Leningradi_Edasi_toimetus, lk 26
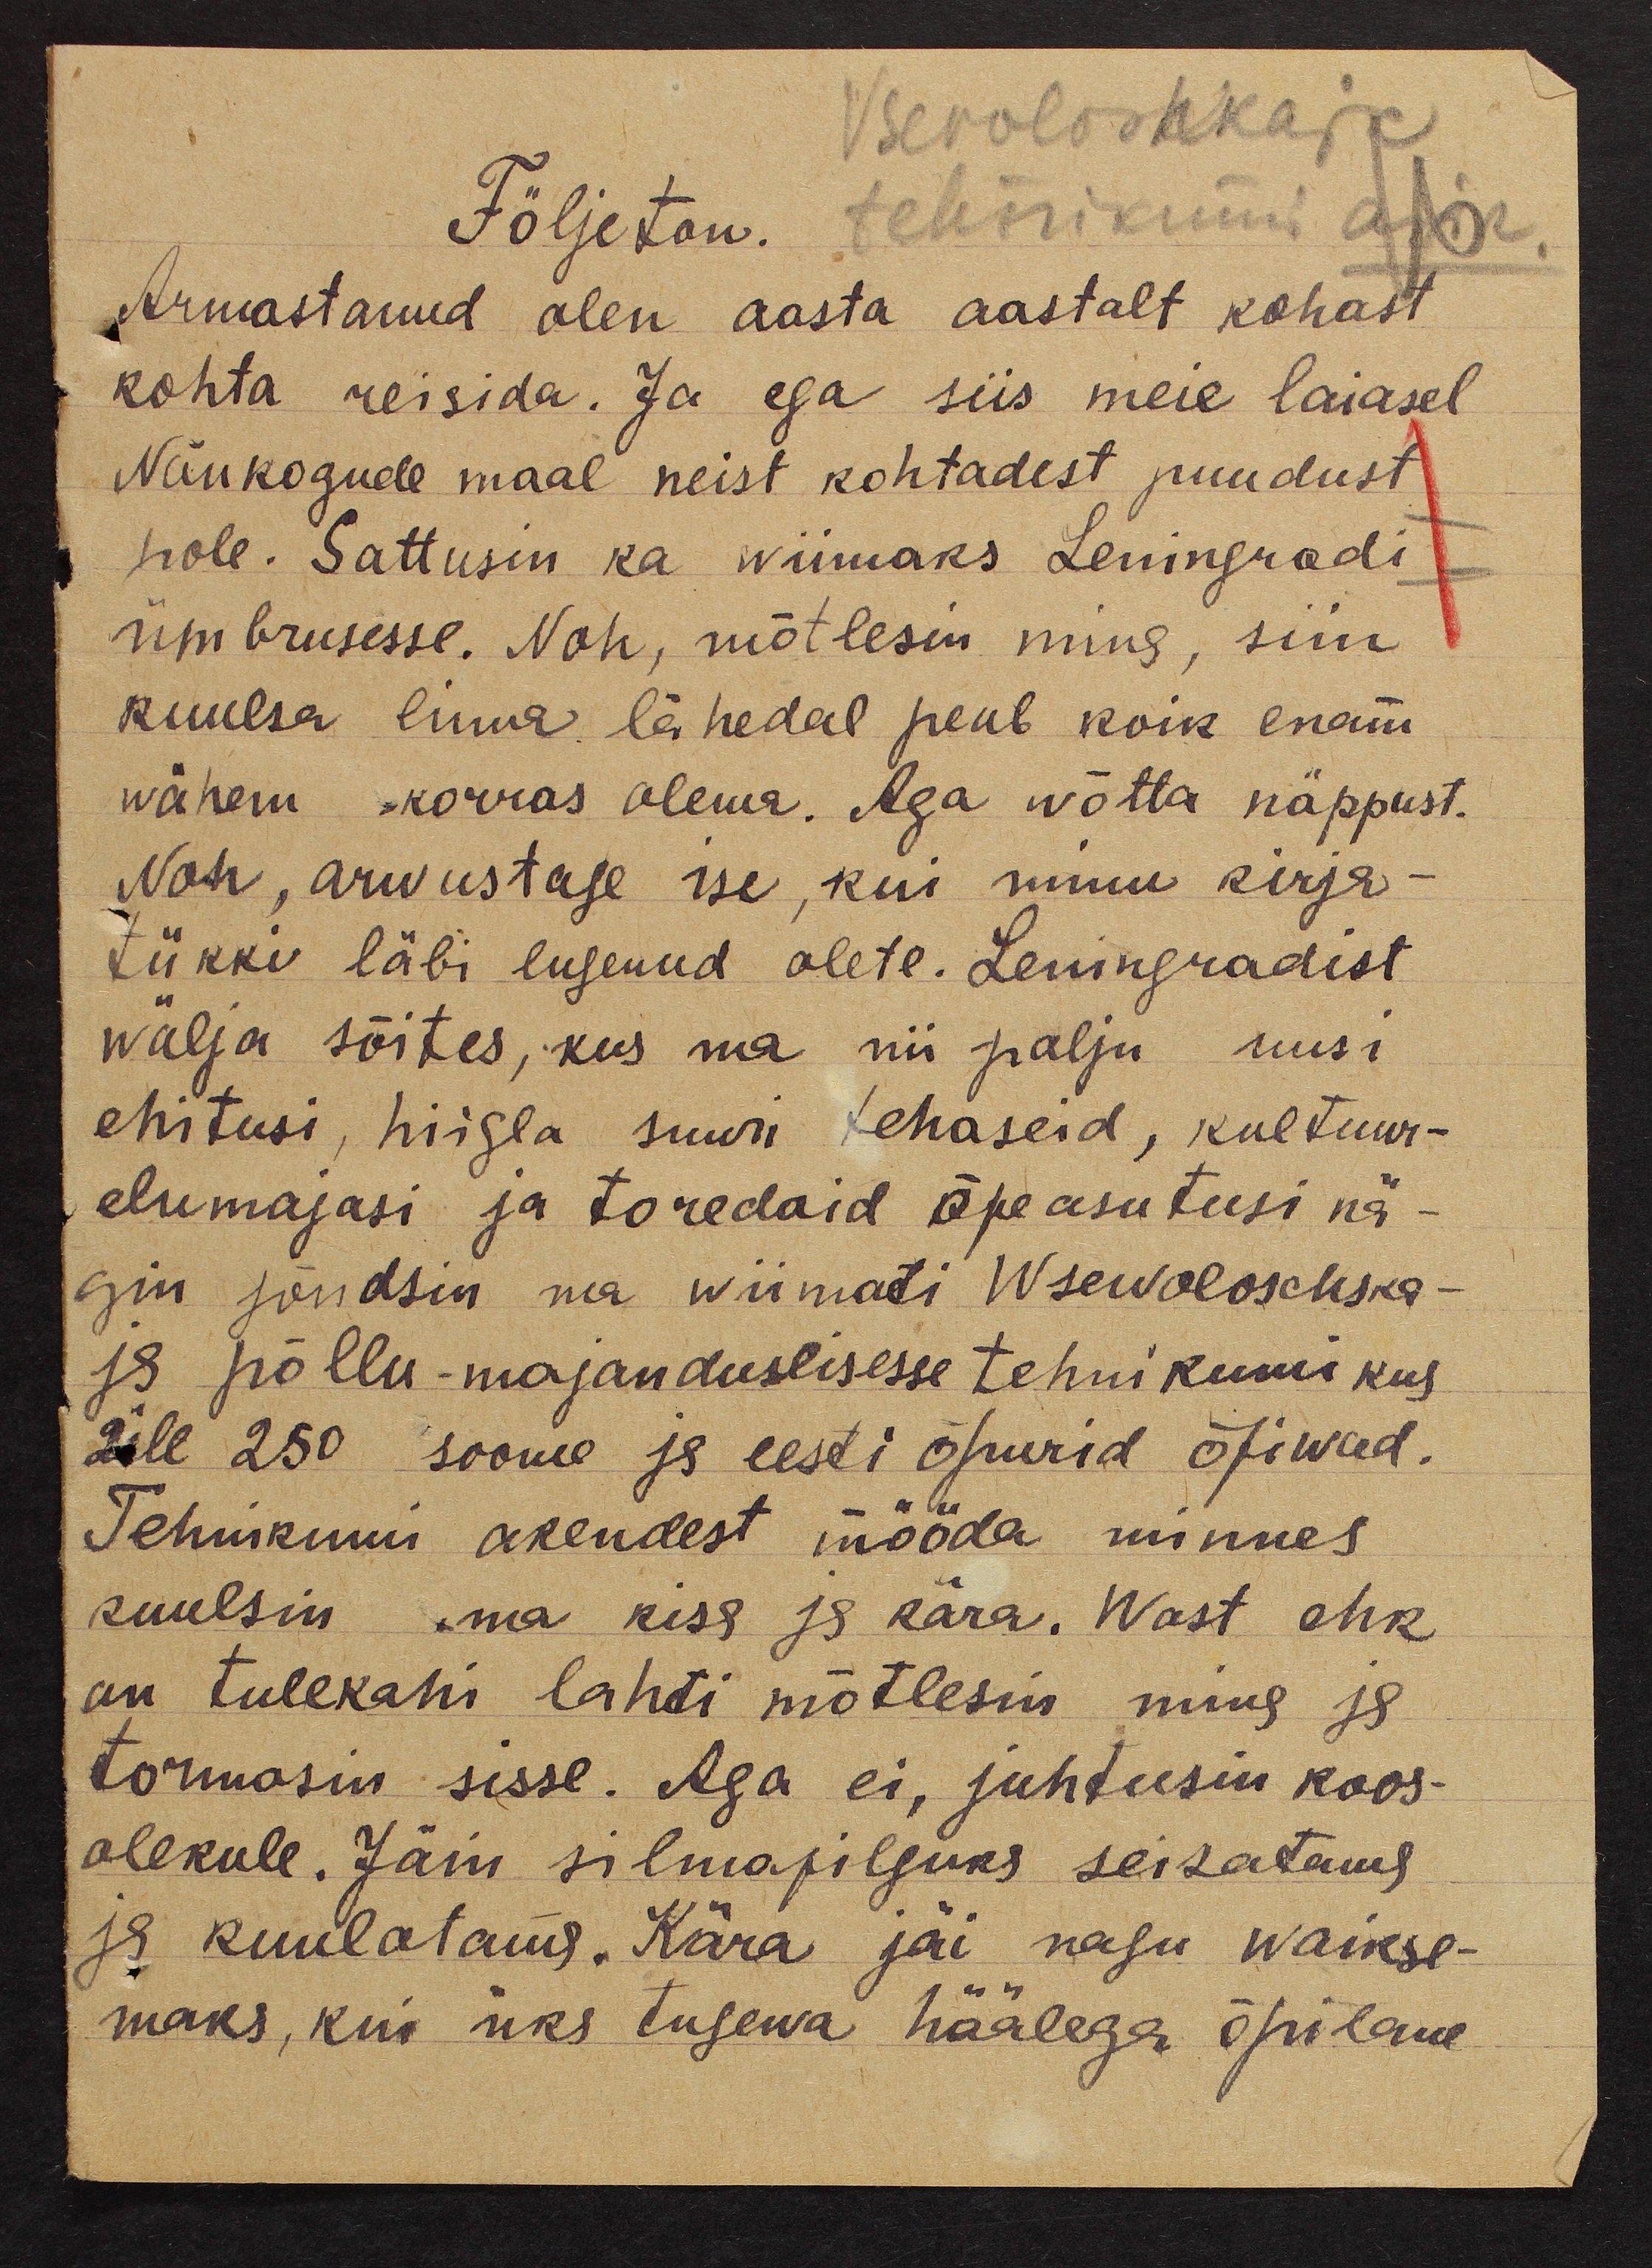
Vsevoloshkaja
Följeton.
tehnikumi abik.
Armastanud olen aasta aastalt kohast
kohta reisida. Ja ega siis meie laiasel
Nõukogude maal neist kohtadest puudust
pole. Sattusin ka wiimaks Leningradi
ümbrusesse. Noh, mõtlesin mina, siin
kuulsa linna lähedal peab koik enam
wähem korras olema. Aga wõtta näppust.
Noh, aru ustage ise, kui minu kirja-
tükki läbi lugenud olete. Leningradist
wälja sõites, kus ma nii palju uusi
ehitusi, hiigla suuri tehaseid, kultuur-
elumajasi ja toredaid õpeasutusi nä-
gin jõudsin ma wiimati Wsewoloschska-
ja põllu-majanduslisesse tehnikumi kus
üle 250 soome ja eesti õpurid õpiwad.
Tehnikumi akendest mööda minnes
kuulsin ma kisa ja kära. Wast ehk
on tulekahi lahti mõtlesin ning ja
tormasin sisse. Aga ei, juhtusin koos-
olekule. Jäin silmapilguks seisatama
ja kuulatama. Kära jäi nagu waikse-
maks, kui üks tugewa häälega õpilane